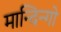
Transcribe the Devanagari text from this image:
मान्दिन्गो